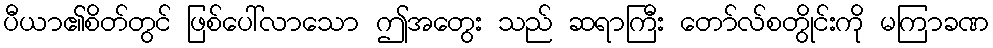
ပီယာ၏စိတ်တွင် ဖြစ်ပေါ်လာသော ဤအတွေး သည် ဆရာကြီး တော်လ်စတွိုင်းကို မကြာခဏ